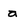
Character: a